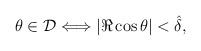
LaTeX: \begin{align*}\theta\in {\cal D} \Longleftrightarrow |\Re\cos\theta|<\hat\delta,\end{align*}